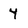
Character: 4